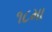
૧૮મા